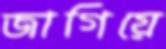
জাগিয়ে